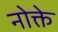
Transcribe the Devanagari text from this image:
नोक्ते